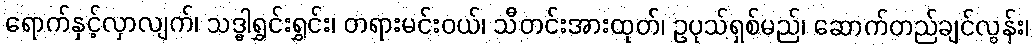
ရောက်နှင့်လှာလျက်၊ သဒ္ဓါရွှင်းရွှင်း၊ တရားမင်းဝယ်၊ သီတင်းအားထုတ်၊ ဥပုသ်ရှစ်မည်၊ ဆောက်တည်ချင်လွန်း၊